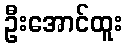
ဦးအောင်ထူး